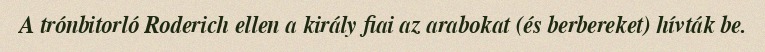
A trónbitorló Roderich ellen a király fiai az arabokat (és berbereket) hívták be.